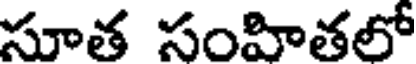
సూత సంహితలో